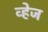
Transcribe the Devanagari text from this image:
व्हेज